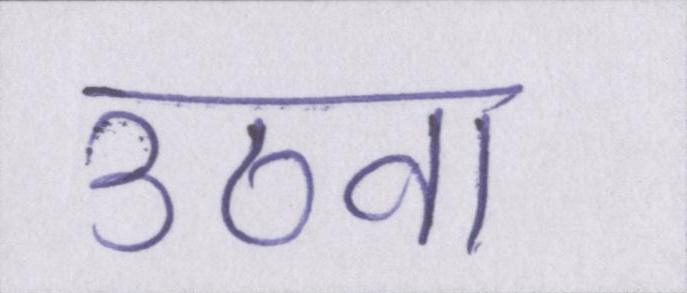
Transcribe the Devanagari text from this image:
उठवा